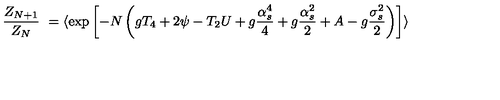
{ \frac { Z _ { N + 1 } } { Z _ { N } } } \ = \langle \exp \left[ - N \left( g T _ { 4 } + 2 \psi - T _ { 2 } U + g { \frac { \alpha _ { s } ^ { 4 } } { 4 } } + g { \frac { \alpha _ { s } ^ { 2 } } { 2 } } + A - g { \frac { \sigma _ { s } ^ { 2 } } { 2 } } \right) \right] \rangle